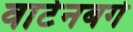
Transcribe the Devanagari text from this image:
वार्टेनबर्ग